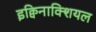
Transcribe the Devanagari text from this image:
इक्विनाक्शियल